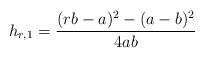
LaTeX: \begin{align*}h_{r, 1} = \frac{(rb-a)^2-(a-b)^2}{4ab}\end{align*}